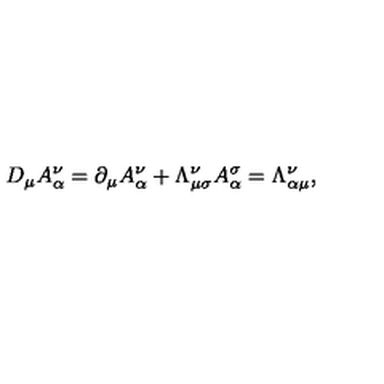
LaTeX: D _ { \mu } A _ { \alpha } ^ { \nu } = \partial _ { \mu } A _ { \alpha } ^ { \nu } + \Lambda _ { \mu \sigma } ^ { \nu } A _ { \alpha } ^ { \sigma } = \Lambda _ { \alpha \mu } ^ { \nu } ,